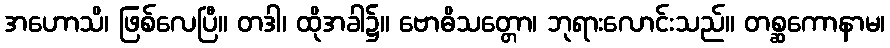
အဟောသိ၊ ဖြစ်လေပြီ။ တဒါ၊ ထိုအခါ၌။ ဗောဓိသတ္တော၊ ဘုရားလောင်းသည်။ တစ္ဆကောနာမ၊